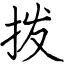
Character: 拨